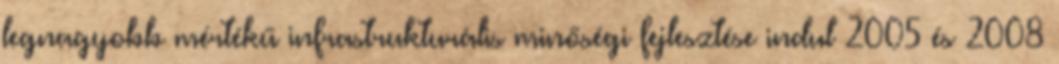
legnagyobb mértékű infrastrukturális minőségi fejlesztése indul 2005 és 2008